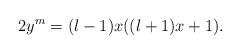
LaTeX: \begin{align*} 2y^{m}=(l-1)x((l+1)x+1).\end{align*}